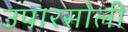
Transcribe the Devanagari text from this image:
उपारसोली